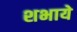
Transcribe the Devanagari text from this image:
शभाये